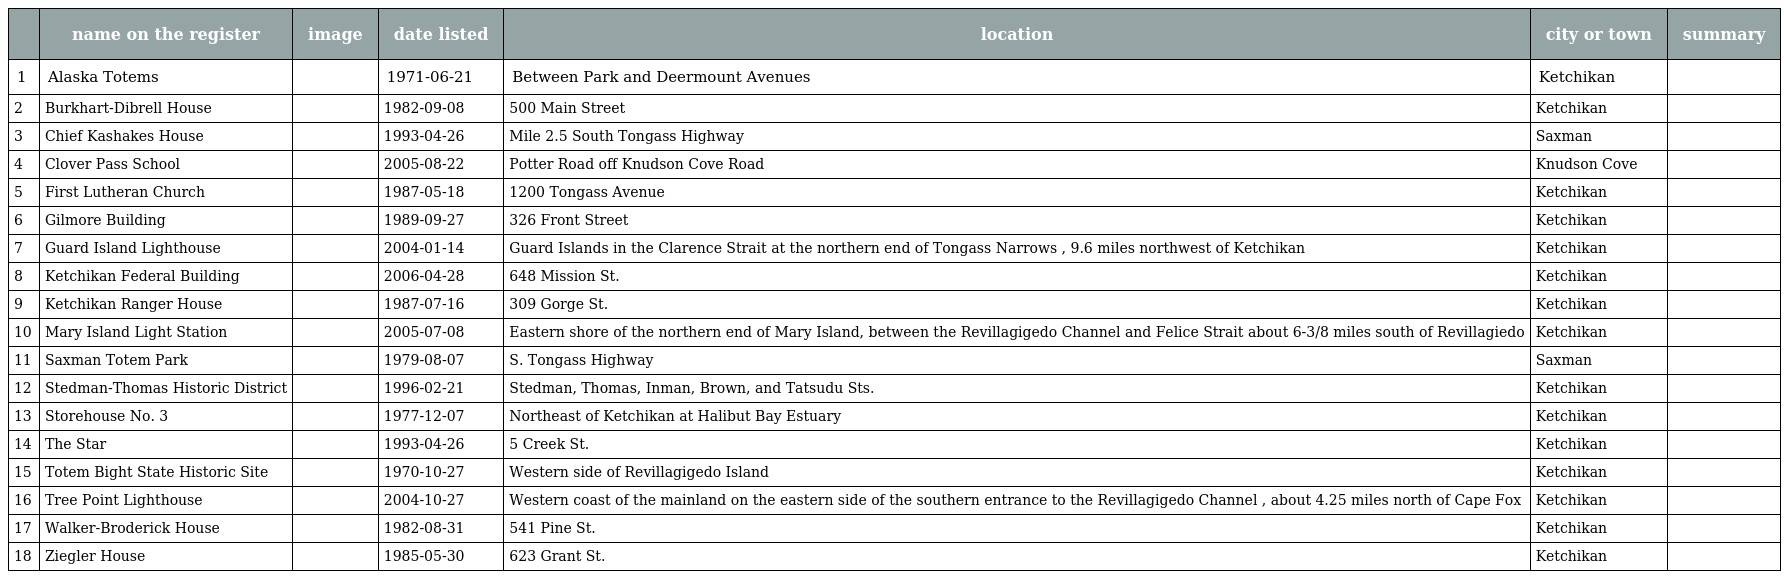
|  | name on the register | image | date listed | location | city or town | summary |
 | --- | --- | --- | --- | --- | --- | --- |
 | 1 | Alaska Totems |  | 1971-06-21 | Between Park and Deermount Avenues | Ketchikan |  |
 | 2 | Burkhart-Dibrell House |  | 1982-09-08 | 500 Main Street | Ketchikan |  |
 | 3 | Chief Kashakes House |  | 1993-04-26 | Mile 2.5 South Tongass Highway | Saxman |  |
 | 4 | Clover Pass School |  | 2005-08-22 | Potter Road off Knudson Cove Road | Knudson Cove |  |
 | 5 | First Lutheran Church |  | 1987-05-18 | 1200 Tongass Avenue | Ketchikan |  |
 | 6 | Gilmore Building |  | 1989-09-27 | 326 Front Street | Ketchikan |  |
 | 7 | Guard Island Lighthouse |  | 2004-01-14 | Guard Islands in the Clarence Strait at the northern end of Tongass Narrows , 9.6 miles northwest of Ketchikan | Ketchikan |  |
 | 8 | Ketchikan Federal Building |  | 2006-04-28 | 648 Mission St. | Ketchikan |  |
 | 9 | Ketchikan Ranger House |  | 1987-07-16 | 309 Gorge St. | Ketchikan |  |
 | 10 | Mary Island Light Station |  | 2005-07-08 | Eastern shore of the northern end of Mary Island, between the Revillagigedo Channel and Felice Strait about 6-3/8 miles south of Revillagiedo | Ketchikan |  |
 | 11 | Saxman Totem Park |  | 1979-08-07 | S. Tongass Highway | Saxman |  |
 | 12 | Stedman-Thomas Historic District |  | 1996-02-21 | Stedman, Thomas, Inman, Brown, and Tatsudu Sts. | Ketchikan |  |
 | 13 | Storehouse No. 3 |  | 1977-12-07 | Northeast of Ketchikan at Halibut Bay Estuary | Ketchikan |  |
 | 14 | The Star |  | 1993-04-26 | 5 Creek St. | Ketchikan |  |
 | 15 | Totem Bight State Historic Site |  | 1970-10-27 | Western side of Revillagigedo Island | Ketchikan |  |
 | 16 | Tree Point Lighthouse |  | 2004-10-27 | Western coast of the mainland on the eastern side of the southern entrance to the Revillagigedo Channel , about 4.25 miles north of Cape Fox | Ketchikan |  |
 | 17 | Walker-Broderick House |  | 1982-08-31 | 541 Pine St. | Ketchikan |  |
 | 18 | Ziegler House |  | 1985-05-30 | 623 Grant St. | Ketchikan |  |